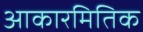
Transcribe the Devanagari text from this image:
आकारमितिक